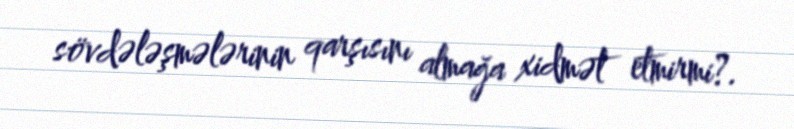
sövdələşmələrinin qarşısını almağa xidmət etmirmi?.